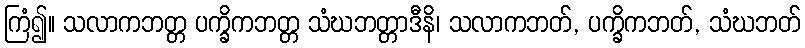
ကြံ၍။ သလာကဘတ္တ ပက္ခိကဘတ္တ သံဃဘတ္တာဒီနိ၊ သလာကဘတ်, ပက္ခိကဘတ်, သံဃဘတ်